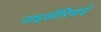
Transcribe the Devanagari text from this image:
नाइजीरियाईं